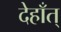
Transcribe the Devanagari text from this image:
देहाँत्